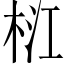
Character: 𣑴